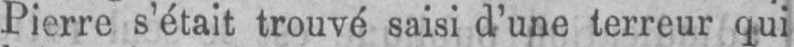
Pierre s’était trouvé saisi d’une terreur qui